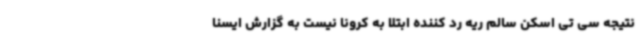
نتیجه سی تی اسکن سالم ریه رد کننده ابتلا به کرونا نیست به گزارش ایسنا